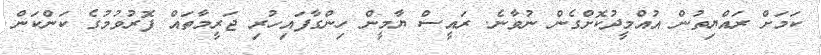
ކަމަށް ރައްޔިތުން އުއްމީދުކޮށްގެން ނުވާނެ. ރައީސް ޔާމީން ހިންގާފައިހުރި ޖަރީމާތައް ފޮރުވުމުގެ ކަންކަން